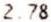
2.78